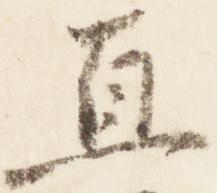
直